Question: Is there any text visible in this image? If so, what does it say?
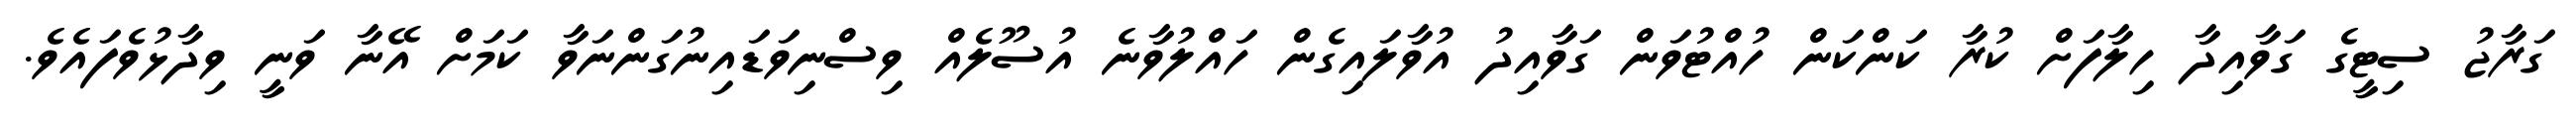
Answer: ގަރާޖު ސިޓީގެ ގަވާއިދާ ހިލާފަށް ކުރާ ކަންކަން ހުއްޓުވަން ގަވާއިދު އުވާލައިގެން ހައްލުވާނެ އުސޫލެއް ވިސްނިވަޑައިނުގަންނަވާ ކަމަށް އޭނާ ވަނީ ވިދާޅުވެފައެވެ.